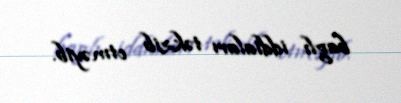
baglı iddiaları təkzib etməyib.